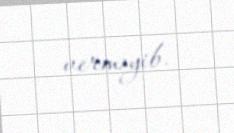
verməyib.